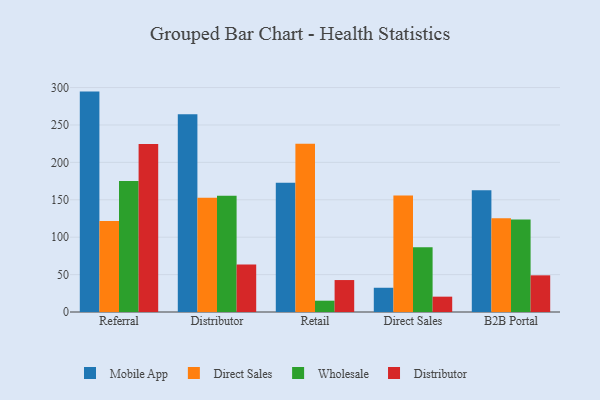
{"axis": {"x": "Channel", "y": "Active Users"}, "legend": ["Direct Sales", "Distributor", "Mobile App", "Wholesale"], "data": [{"x": "Referral", "y": 294.6, "type": "Mobile App"}, {"x": "Referral", "y": 121.5, "type": "Direct Sales"}, {"x": "Referral", "y": 175.0, "type": "Wholesale"}, {"x": "Referral", "y": 224.4, "type": "Distributor"}, {"x": "Distributor", "y": 264.2, "type": "Mobile App"}, {"x": "Distributor", "y": 152.7, "type": "Direct Sales"}, {"x": "Distributor", "y": 155.3, "type": "Wholesale"}, {"x": "Distributor", "y": 63.5, "type": "Distributor"}, {"x": "Retail", "y": 172.7, "type": "Mobile App"}, {"x": "Retail", "y": 224.9, "type": "Direct Sales"}, {"x": "Retail", "y": 15.1, "type": "Wholesale"}, {"x": "Retail", "y": 42.7, "type": "Distributor"}, {"x": "Direct Sales", "y": 32.4, "type": "Mobile App"}, {"x": "Direct Sales", "y": 155.8, "type": "Direct Sales"}, {"x": "Direct Sales", "y": 86.4, "type": "Wholesale"}, {"x": "Direct Sales", "y": 20.5, "type": "Distributor"}, {"x": "B2B Portal", "y": 162.7, "type": "Mobile App"}, {"x": "B2B Portal", "y": 125.3, "type": "Direct Sales"}, {"x": "B2B Portal", "y": 123.5, "type": "Wholesale"}, {"x": "B2B Portal", "y": 49.0, "type": "Distributor"}]}